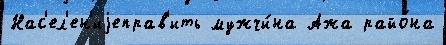
Нас'ел'ен'иjеправ'ить мужчи́на Ажа райо́на